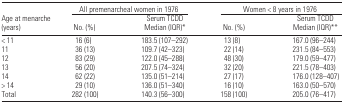
<table><thead><tr><td></td><td colspan="2"><b>All premenarcheal women in 1976</b></td><td colspan="2"><b>Women &lt; 8 years in 1976</b></td></tr><tr><td><b>Age at menarche (years)</b></td><td><b>No. (%)</b></td><td><b>Serum TCDD Median (IQR)*</b></td><td><b>No. (%)</b></td><td><b>Serum TCDD Median (IQR)**</b></td></tr></thead><tbody><tr><td>&lt; 11</td><td>16 (6)</td><td>183.5 (107–292)</td><td>13 (8)</td><td>167.0 (96–244)</td></tr><tr><td>11</td><td>36 (13)</td><td>109.7 (42–323)</td><td>22 (14)</td><td>231.5 (84–553)</td></tr><tr><td>12</td><td>83 (29)</td><td>122.0 (45–288)</td><td>48 (30)</td><td>179.0 (59–477)</td></tr><tr><td>13</td><td>56 (20)</td><td>207.5 (74–324)</td><td>32 (20)</td><td>221.5 (78–403)</td></tr><tr><td>14</td><td>62 (22)</td><td>135.0 (51–214)</td><td>27 (17)</td><td>176.0 (128–407)</td></tr><tr><td>&gt; 14</td><td>29 (10)</td><td>136.0 (51–340)</td><td>16 (10)</td><td>163.0 (50–570)</td></tr><tr><td>Total</td><td>282 (100)</td><td>140.3 (56–300)</td><td>158 (100)</td><td>205.0 (76–417)</td></tr></tbody></table>